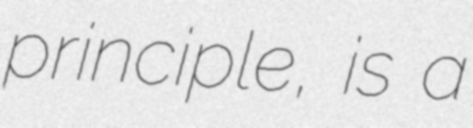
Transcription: principle, is a